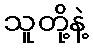
သူတို့နဲ့